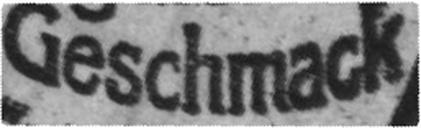
Geschmack